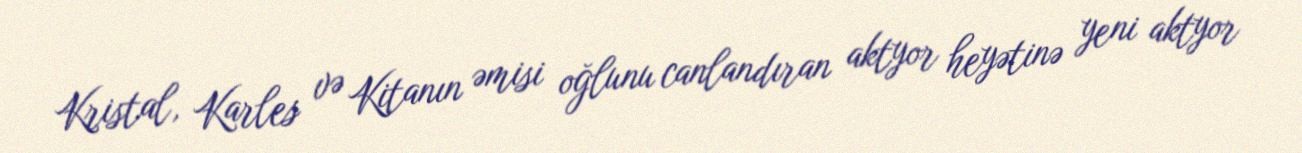
Kristal, Karles və Kitanın əmisi oğlunu canlandıran aktyor heyətinə yeni aktyor